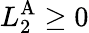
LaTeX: L_{2}^{\textrm{A}}\geq 0